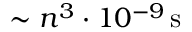
{ \sim n ^ { 3 } \cdot 1 0 ^ { - 9 } \, \mathrm { s } }